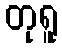
တုရူ